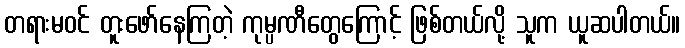
တရားမဝင် တူးဖော်နေကြတဲ့ ကုမ္ပဏီတွေကြောင့် ဖြစ်တယ်လို့ သူက ယူဆပါတယ်။